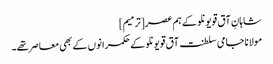
شاہانِ آق قویونلو کے ہم عصر[ترمیم]
مولانا جامی سلطنت آق قویونلو کے حکمرانوں کے بھی معاصر تھے۔